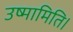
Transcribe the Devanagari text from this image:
उष्मामिति।